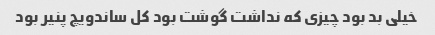
خیلی بد بود چیزی که نداشت گوشت بود کل ساندویچ پنیر بود